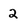
Character: 2